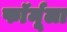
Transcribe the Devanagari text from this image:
फाॅर्मूला